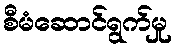
စီမံဆောင်ရွက်မှု